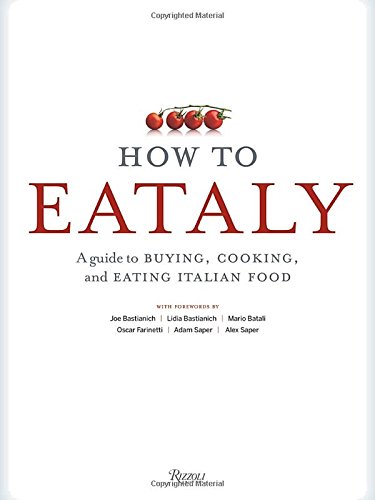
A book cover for How To Eataly: A Guide to Buying, Cooking, and Eating Italian Food; Eataly; Cookbooks, Food & Wine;